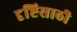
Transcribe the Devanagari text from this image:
दृष्टिसाठी